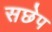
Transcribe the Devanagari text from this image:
सछेप